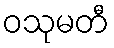
ဝသုမတီ